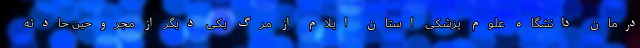
درمان دانشگاه علوم پزشکی استان ایلام از مرگ یکی دیگر از مجروحین حادثه